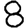
Digit: 8